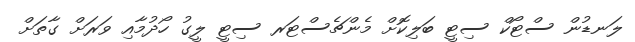
ލަނޑުން ސްޓޯކް ސިޓީ ބަލިކޮށް މެންޗެސްޓަރ ސިޓީ ލީގު ހޯދުމާއި ވަރަށް ގާތަށް